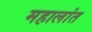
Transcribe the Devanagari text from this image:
महालांत